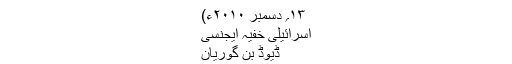
۱۳؍ دسمبر ۲۰۱۰ء)
اسرائیلی خفیہ ایجنسی
ڈیوڈ بن گوریان